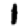
Digit: 1